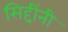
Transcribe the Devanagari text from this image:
सिद्दींनी